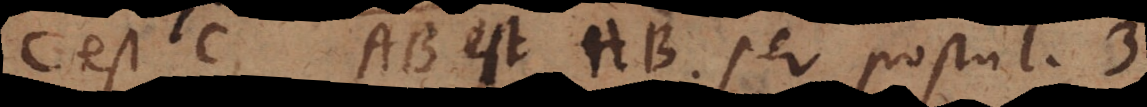
C est C, AB est AB, per postul